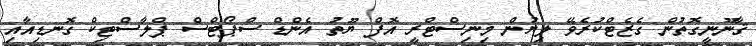
ޤާނޫނީގޮތުން ގެޒެޓްކުރެވޭ ލިޔުން މިނިސްޓްރީ އޮފް ޔޫތު އެންޑް ސްޕޯޓްސް ޕްލާސްޓިކް ގޮނޑިއާއި